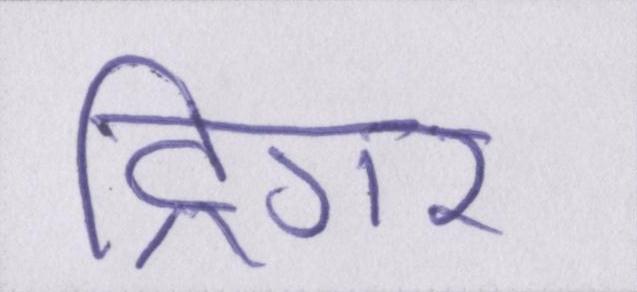
ट्रिगर